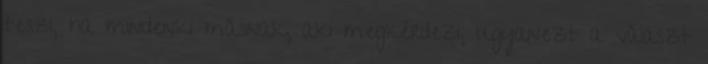
teszi, ha mindenki másnak, aki megkérdezi, ugyanezt a választ